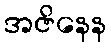
အဇိနေန